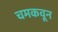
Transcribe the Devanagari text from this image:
चमकवून